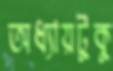
অধ্যায়টুকু